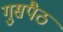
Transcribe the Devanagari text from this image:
गुसपैठ